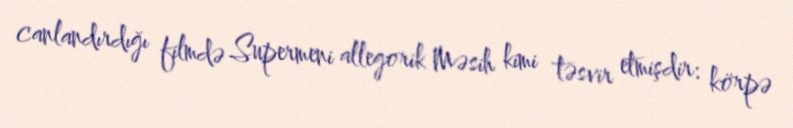
canlandırdığı filmdə Supermeni allegorik Məsih kimi təsvir etmişdir: körpə